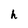
Character: h